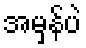
အမှန်ပဲ